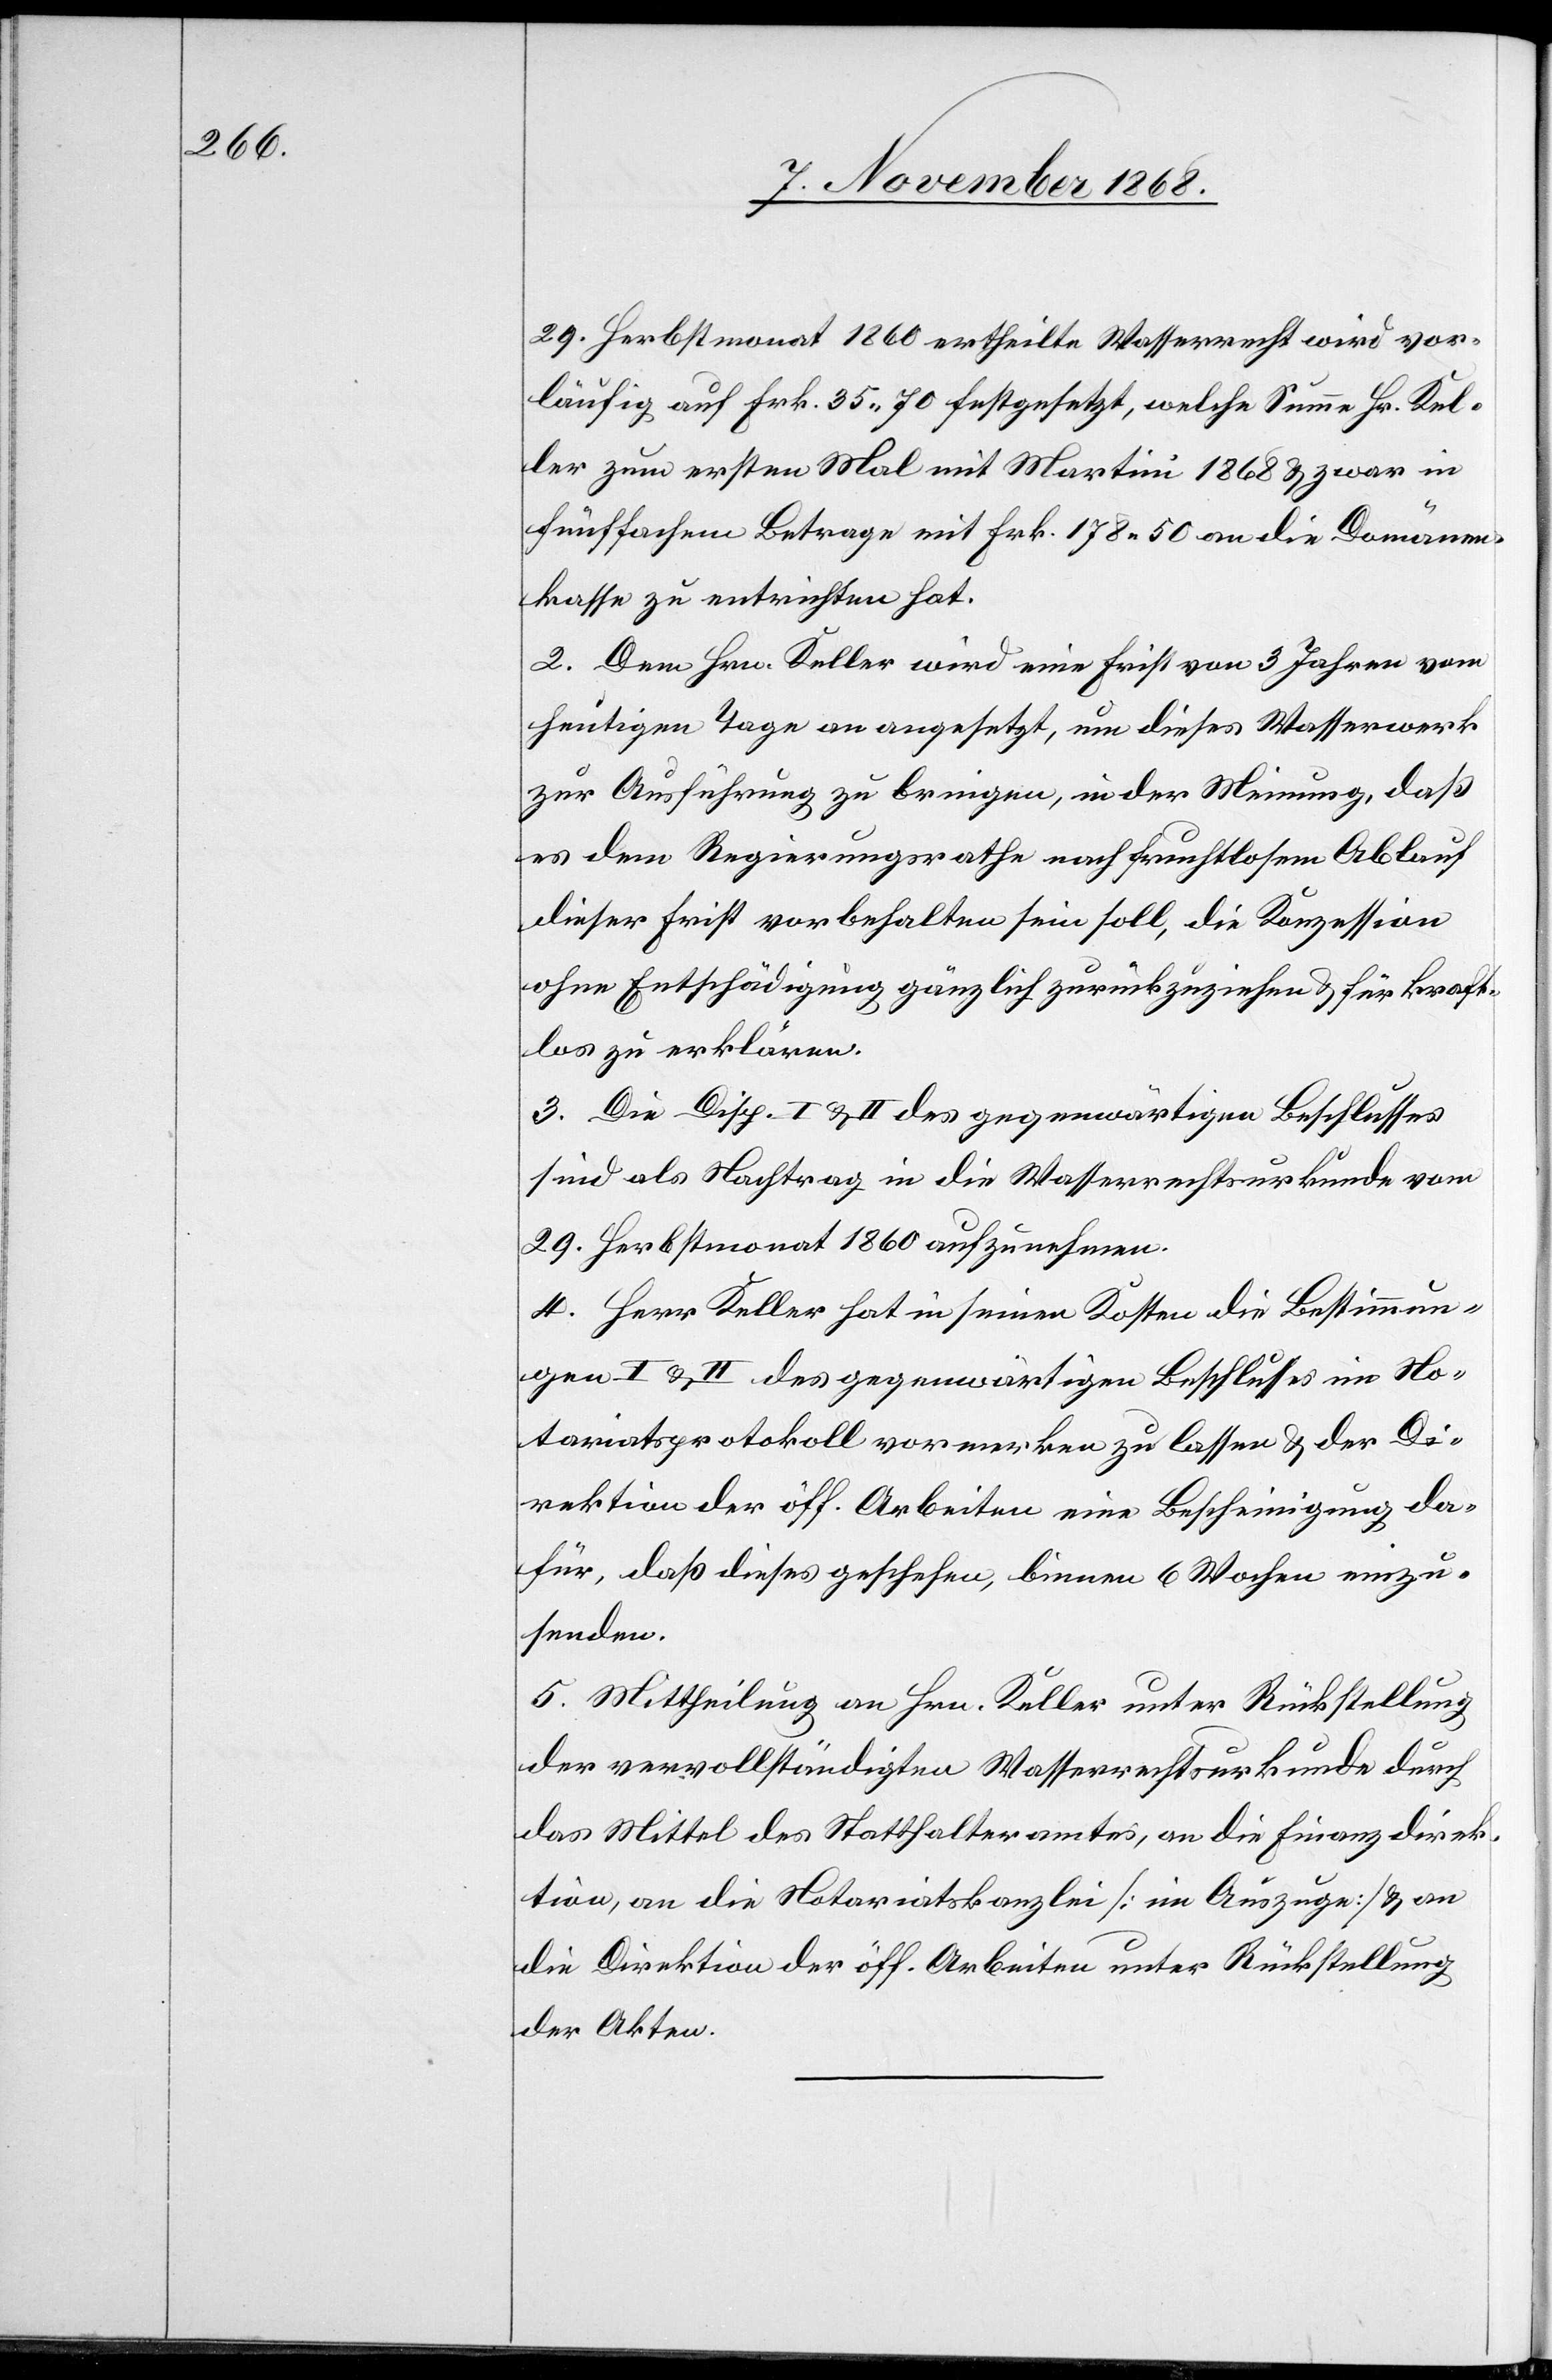
29. Herbstmonat 1860 ertheilte Wasserrecht wird vor¬
läufig auf Frk. 35.70 festgesetzt, welche Summe Hr. Kel¬
ler zum ersten Mal mit Martini 1868 & zwar in
fünffachem Betrage mit Frk. 178.50 an die Domänen¬
kasse zu entrichten hat.
2. Dem Hrn. Keller wird eine Frist von 3 Jahren vom
heutigen Tage an angesetzt, um dieses Wasserwerk
zur Ausführung zu bringen, in der Meinung, daß
es dem Regierungsrathe nach fruchtlosem Ablauf
dieser Frist vorbehalten sein soll, die Konzession
ohne Entschädigung gänzlich zurückzuziehen & für kraft¬
los zu erklären.
3. Die Disp. I & II des gegenwärtigen Beschlusses
sind als Nachtrag in die Wasserrechtsurkunde vom
29. Herbstmonat 1860 aufzunehmen.
4. Herr Keller hat in seinen Kosten die Bestimmun¬
gen I & II des gegenwärtigen Beschlusses im No¬
tariatsprotokoll vormerken zu lassen & der Di¬
rektion der öff. Arbeiten eine Bescheinigung da¬
für, daß dieses geschehen, binnen 6 Wochen einzu¬
senden.
5. Mittheilung an Hrn. Keller unter Rückstellung
der vervollständigten Wasserrechtsurkunde durch
das Mittel des Statthalteramtes, an die Finanzdirek¬
tion, an die Notariatskanzlei [im Auszuge] & an
die Direktion der öff. Arbeiten unter Rückstellung
der Akten.